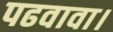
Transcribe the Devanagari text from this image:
पढवावा।